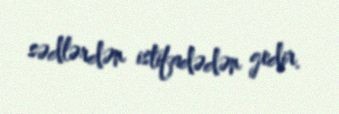
sədlərdən istifadədən gedir.